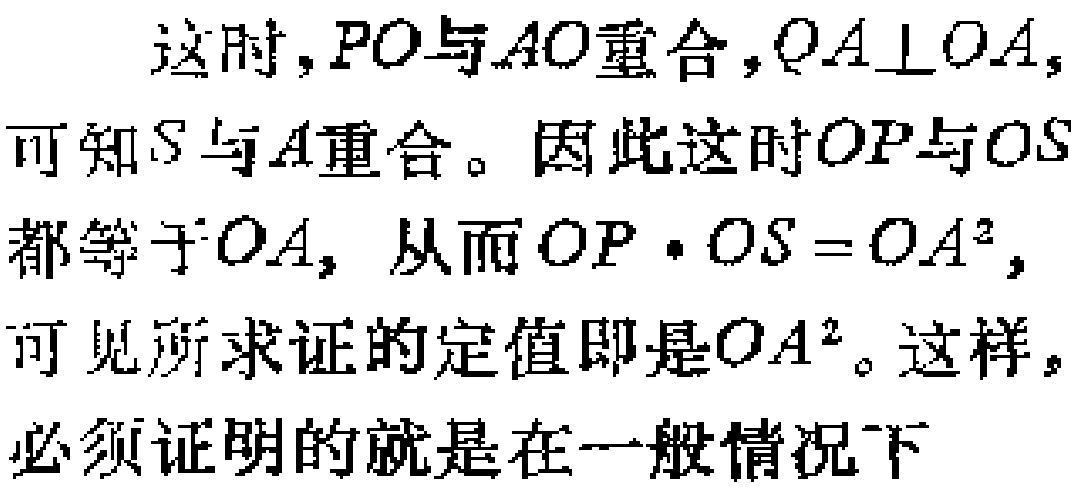
这时，\(PO\)与\(AO\)重合，\(QA\perp OA\)，可知\(S\)与\(A\)重合。因此这时\(OP\)与\(OS\)都等于\(OA\)，从而\(OP\cdot OS = OA^{2}\)，可见所求证的定值即是\(OA^{2}\)。这样，必须证明的就是在一般情况下